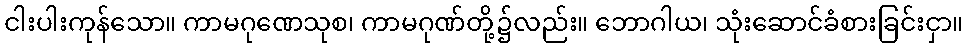
ငါးပါးကုန်သော။ ကာမဂုဏေသုစ၊ ကာမဂုဏ်တို့၌လည်း။ ဘောဂါယ၊ သုံးဆောင်ခံစားခြင်းငှာ။